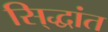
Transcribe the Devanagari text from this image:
सि्द्धांत